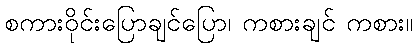
စကားဝိုင်းပြောချင်ပြော၊ ကစားချင် ကစား။